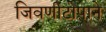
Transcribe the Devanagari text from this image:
जिवणीटोपाने